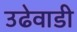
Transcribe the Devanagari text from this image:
उढेवाडी